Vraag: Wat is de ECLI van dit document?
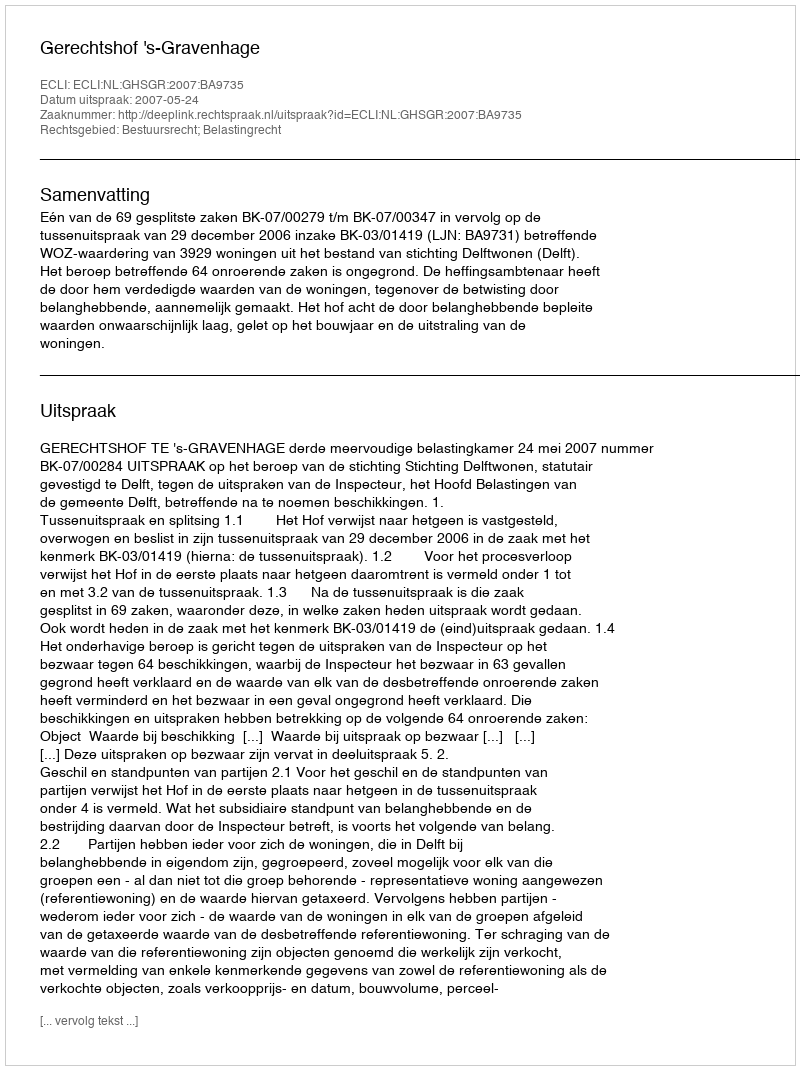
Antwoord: ECLI:NL:GHSGR:2007:BA9735